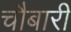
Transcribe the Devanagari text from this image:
चौबारी